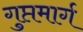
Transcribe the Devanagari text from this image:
गुप्तमार्ग